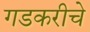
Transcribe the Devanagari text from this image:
गडकरीचे